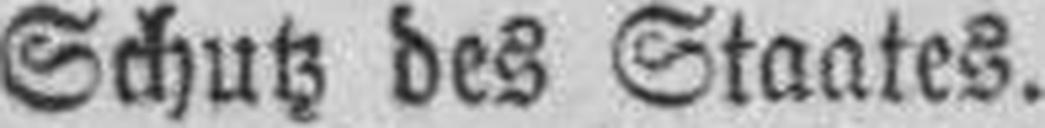
Schutz des Staates.